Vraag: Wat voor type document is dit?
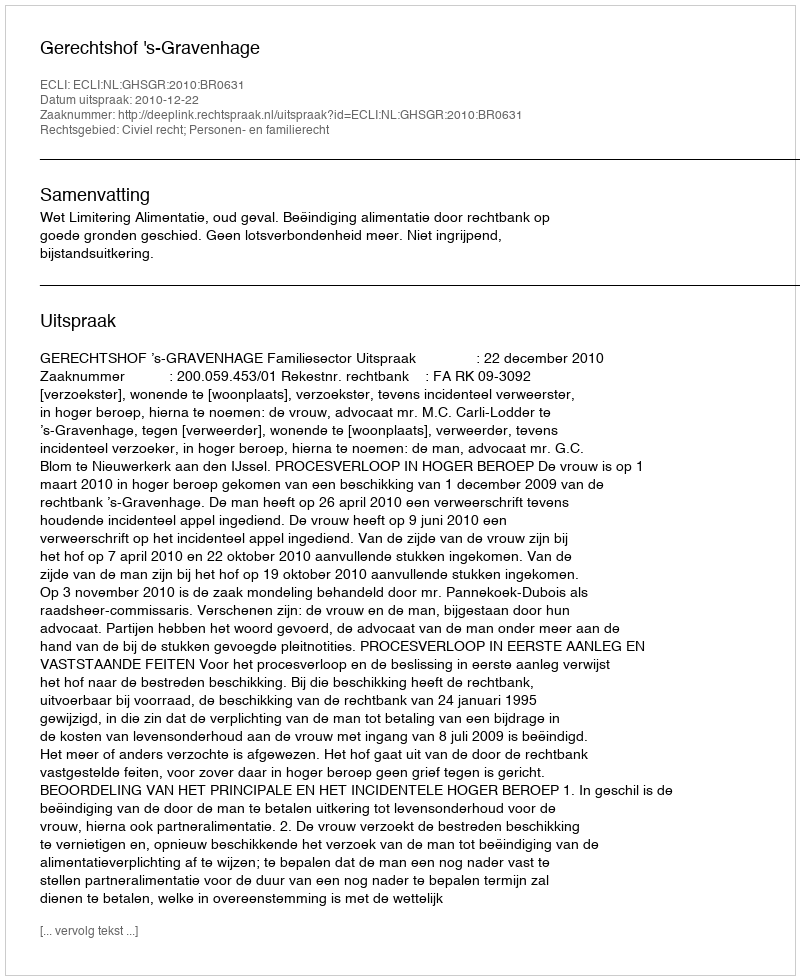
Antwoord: Uitspraak